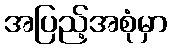
အပြည့်အစုံမှာ